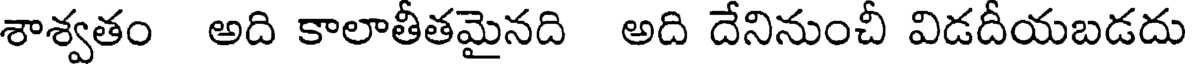
శాశ్వతం అది కాలాతీతమైనది అది దేనినుంచీ విడదీయబడదు